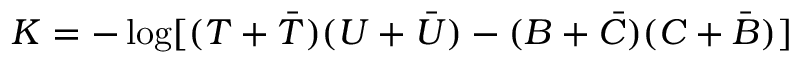
K = - \log [ ( T + { \bar { T } } ) ( U + { \bar { U } } ) - ( B + { \bar { C } } ) ( C + { \bar { B } } ) ]